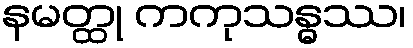
နမတ္ထု ကကုသန္ဓဿ၊